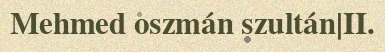
Mehmed oszmán szultán|II.